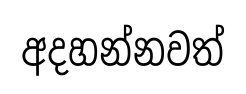
අදහන්නවත්